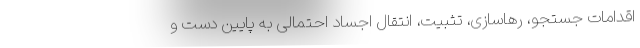
اقدامات جستجو، رهاسازی، تثبیت، انتقال اجساد احتمالی به پایین دست و